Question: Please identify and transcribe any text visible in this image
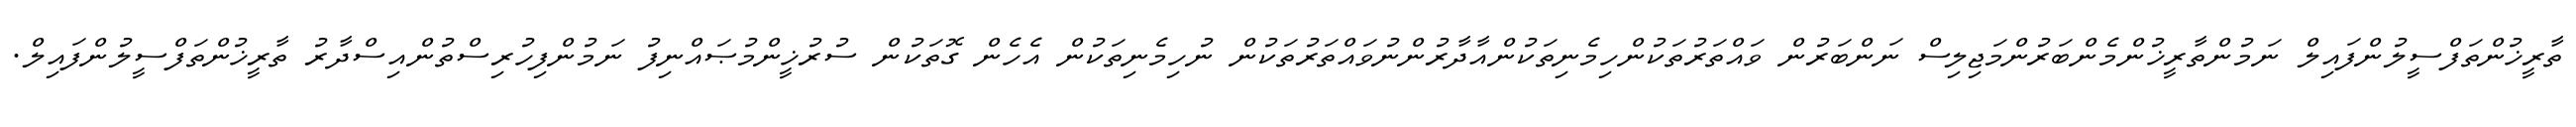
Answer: ތާރީޚުންތަފްސީލުންފައިލް ނަމުންތާރީޚުންމެންބަރުންމަޖިލިސް ނަންބަރުން ވައްތަރުތަކުންހިމެނިތަކުންއާދާރުންނުވައްތަރުތަކުން ނުހިމެނިތަކުން އެހެން ގޮތަކުން ސުރުޚީންމުޞައްނިފު ނަމުންފިހުރިސްތުންއިސްދާރު ތާރީޚުންތަފްސީލުންފައިލް.